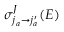
\sigma _ { j _ { a } \rightarrow j _ { a } ^ { \prime } } ^ { J } ( E )